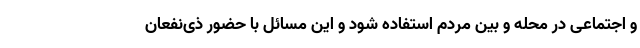
و اجتماعی در محله و بین مردم استفاده شود و این مسائل با حضور ذی‌نفعان